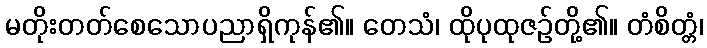
မတိုးတတ်စေသောပညာရှိကုန်၏။ တေသံ၊ ထိုပုထုဇဉ်တို့၏။ တံစိတ္တံ၊